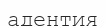
адентия